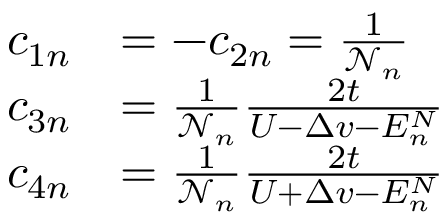
\begin{array} { r l } { c _ { 1 n } } & { = - c _ { 2 n } = \frac { 1 } { \mathcal { N } _ { n } } } \\ { c _ { 3 n } } & { = \frac { 1 } { \mathcal { N } _ { n } } \frac { 2 t } { U - \Delta v - E _ { n } ^ { N } } } \\ { c _ { 4 n } } & { = \frac { 1 } { \mathcal { N } _ { n } } \frac { 2 t } { U + \Delta v - E _ { n } ^ { N } } } \end{array}